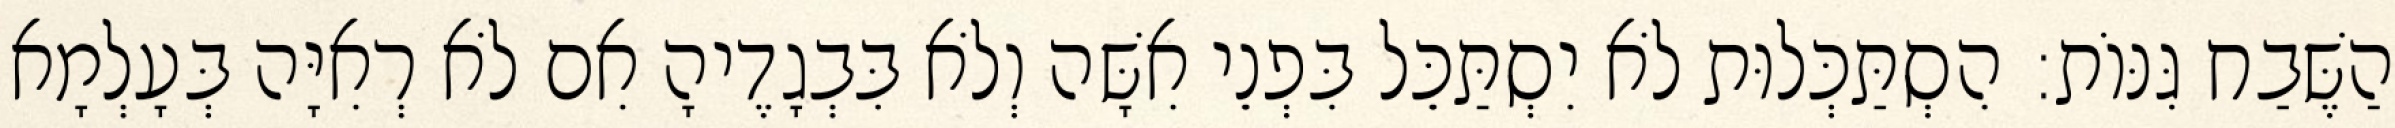
הַשֶּׁבַח גִּנּוֹת: הִסְתַּכְּלוּת לֹא יִסְתַּכֵּל בִּפְנֵי אִשָּׁה וְלֹא בִּבְגָדֶיהָ אִם לֹא רְאִיָּה בְּעָלְמָא